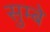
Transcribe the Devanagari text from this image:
सुम्बे